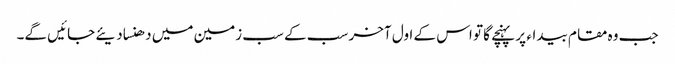
جب وہ مقام بیداء پر پہنچے گا تو اس کے اول آخر سب کے سب زمین میں دھنسا دیئے جائیں گے۔